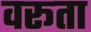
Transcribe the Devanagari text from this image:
वरूता